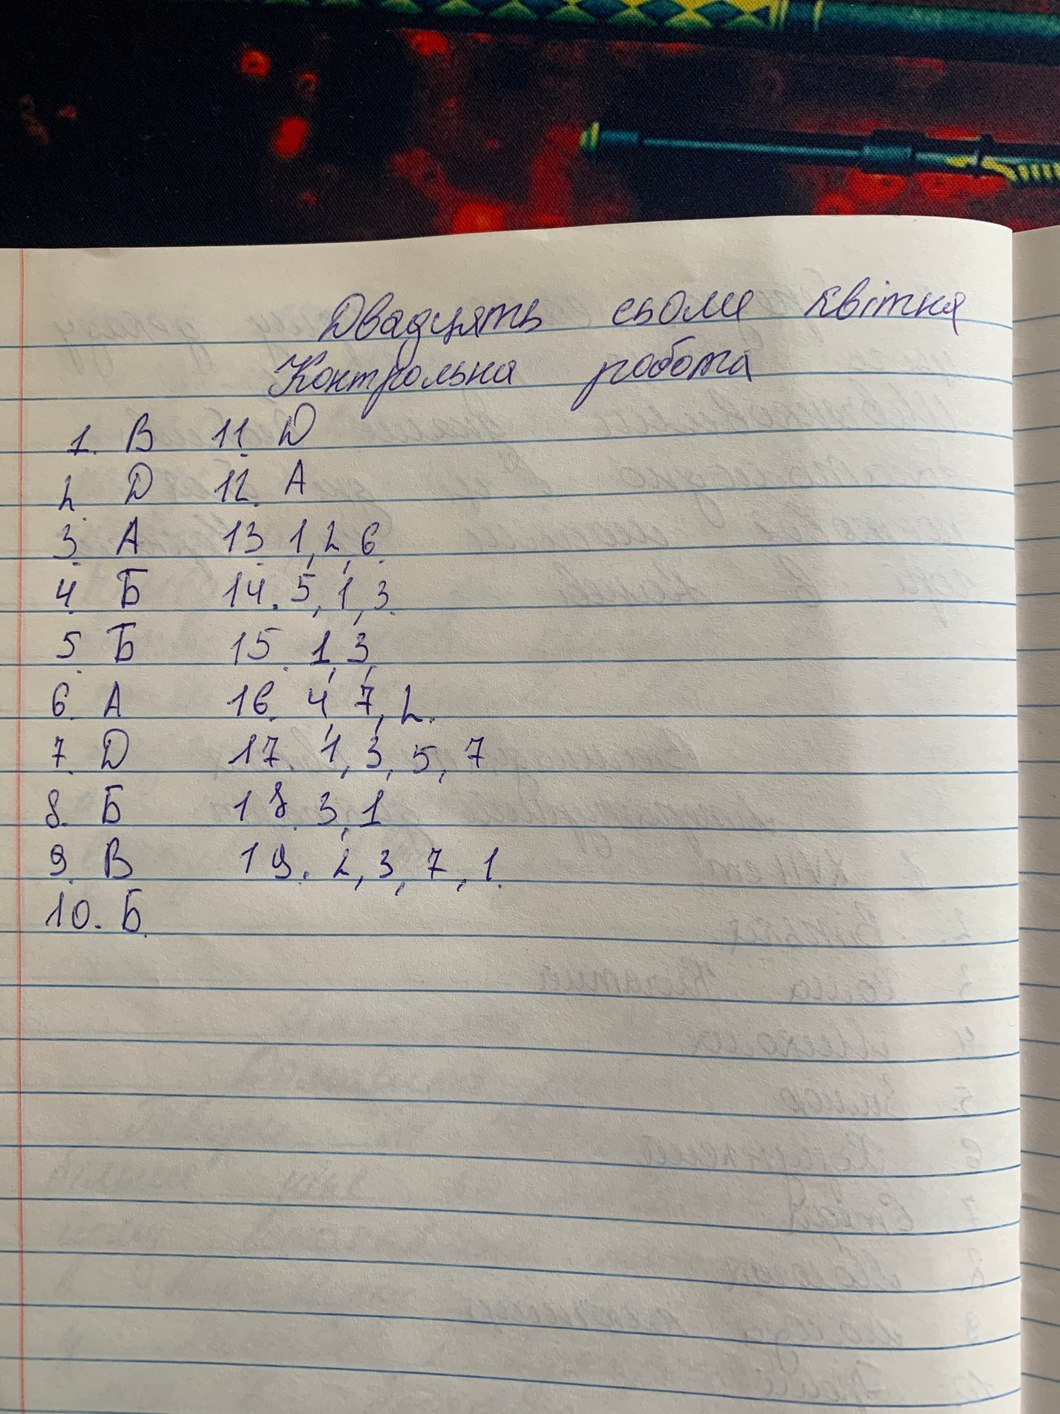
Двадцять сьоме квітня
Контрольна робота
11. Д
1. B
12. А
2. Д
13. 1,2,6
3 A
4 Б
14. 5, 1, 3
5 Б
15.1,3
6. A
16, 4, 7, 2.
7. Д
17. 1, 3, 5, 7
8. Б
18. 3, 1
9 B
19. 2, 3, 7, 1
10. Б